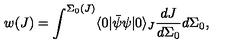
w ( J ) = \int ^ { \Sigma _ { 0 } ( J ) } \langle 0 | \bar { \psi } \psi | 0 \rangle _ { J } \frac { d J } { d \Sigma _ { 0 } } d \Sigma _ { 0 } ,